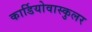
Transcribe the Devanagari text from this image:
कार्डियोवास्कुलर